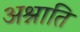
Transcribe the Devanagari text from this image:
अश्नाति